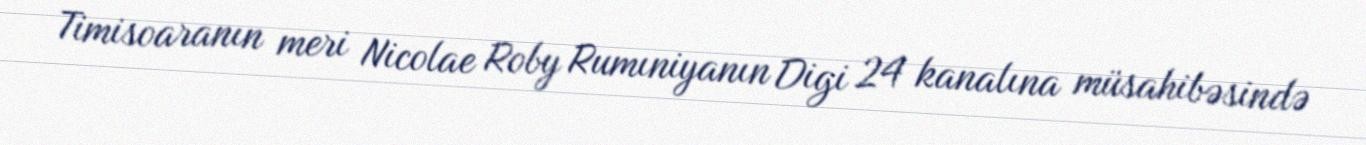
Timisoaranın meri Nicolae Roby Rumıniyanın Digi 24 kanalına müsahibəsində